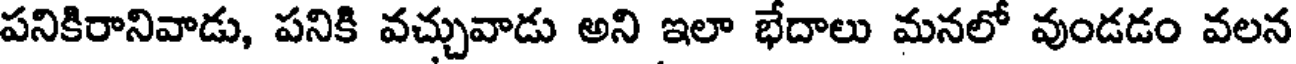
పనికిరానివాడు, పనికి వచ్చువాడు అని ఇలా భేదాలు మనలో వుండడం వలన